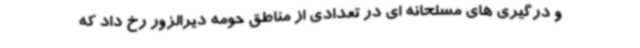
و درگیری های مسلحانه ای در تعدادی از مناطق حومه دیرالزور رخ داد که